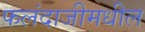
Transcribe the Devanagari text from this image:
फलंदाजीमधील